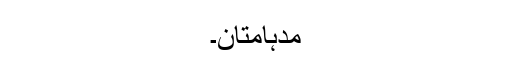
مُدْہامَّتانِ۔